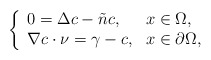
\begin{align*} \left\{\begin{array}{ll}0= \Delta c-\tilde{n}c, &x\in\Omega,\\ \nabla c\cdot \nu= \gamma-c, &x\in\partial\Omega,\end{array}\right.\end{align*}